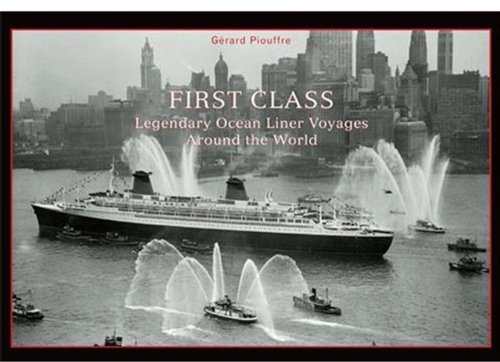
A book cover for First Class: Legendary Ocean Liner Voyages Around the World; GÃ©rard Piouffre; Arts & Photography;